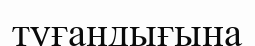
туғандығына